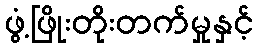
ဖွံ့ဖြိုးတိုးတက်မှုနှင့်